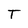
Character: T